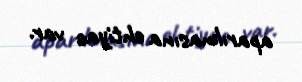
aparılmasına ehtiyac var.